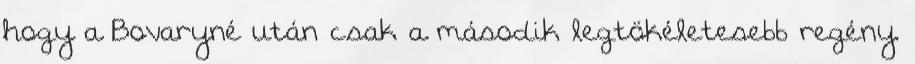
hogy a Bovaryné után csak a második legtökéletesebb regény.